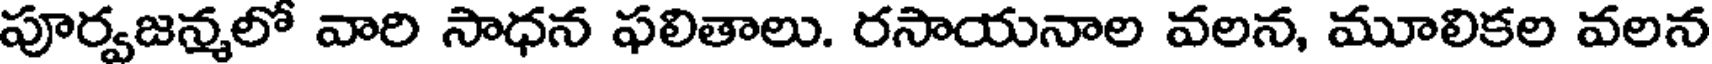
పూర్వజన్మలో వారి సాధన ఫలితాలు. రసాయనాల వలన, మూలికల వలన